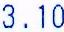
3.10